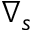
\nabla _ { s }